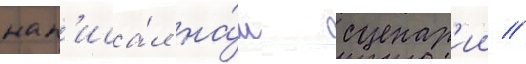
нап'иса́л на́ш сценар'ии //